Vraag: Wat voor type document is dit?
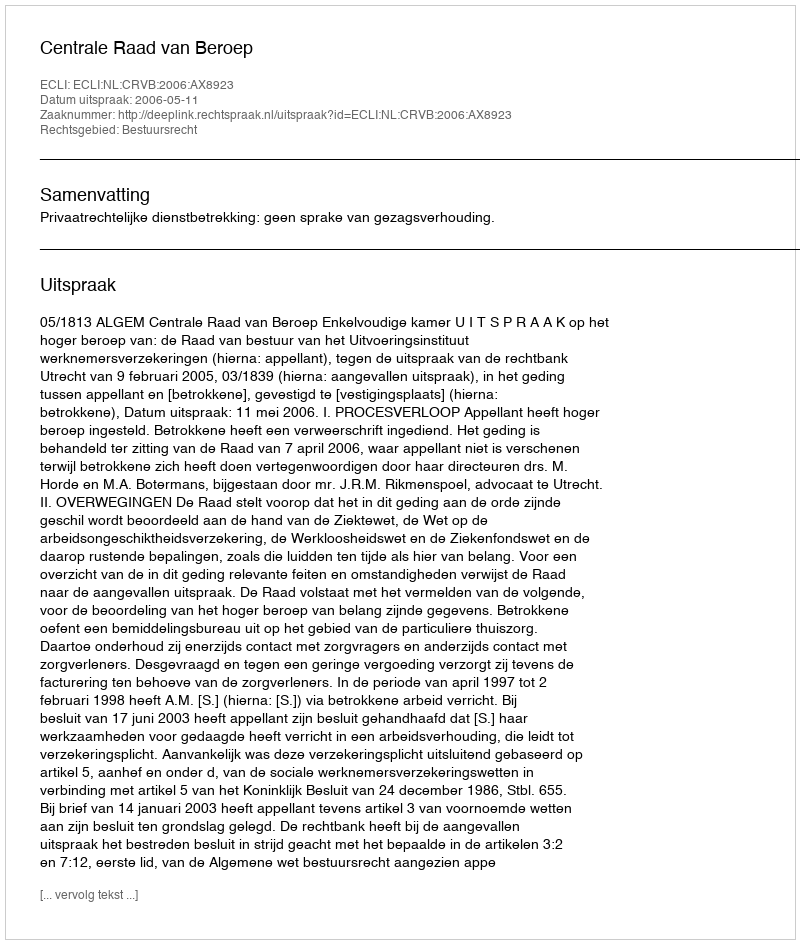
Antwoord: Uitspraak